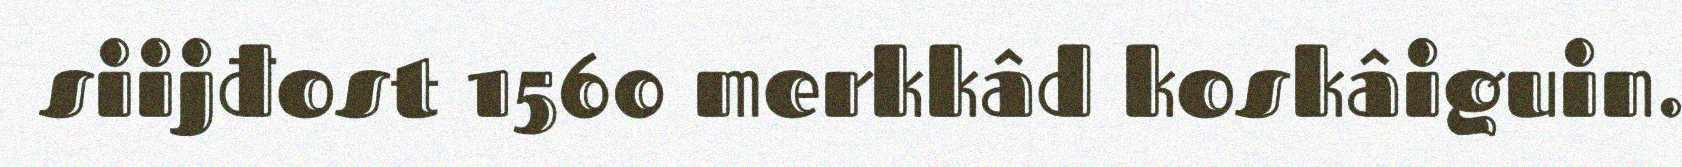
siijđost 1560 merkkâd koskâiguin.